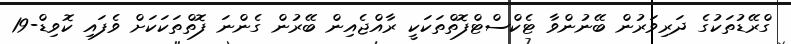
ގްރޭޑުތަކުގެ ދަރިވަރުން ބޭނުންވާ ޓެކްސްޓްފޮތްތަކަކީ ރާއްޖެއިން ބޭރުން ގެންނަ ފޮތްތަކަކަށް ވެފައި ކޮވިޑް-19